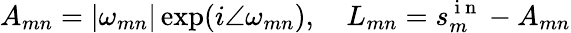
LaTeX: A_{mn}=\vert\omega_{mn}\vert\exp(i\angle\omega_{mn}),~~~~L_{mn}=s_{m}^{\mathrm{~i~n~}}-A_{mn}